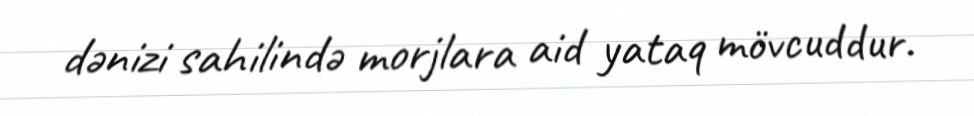
dənizi sahilində morjlara aid yataq mövcuddur.